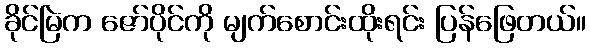
ခိုင်မြဲက ဇော်ပိုင်ကို မျက်စောင်းထိုးရင်း ပြန်ဖြေတယ်။